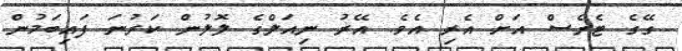
ގޭގެ ޓެރެސް އަށް އެރި އެވެ. އޭރު ނިއަލްގެ ލޮލުން ކަރުނަ ފައިބަމުން